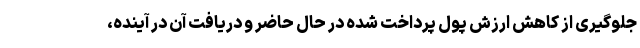
جلوگیری از کاهش ارزش پول پرداخت شده در حال حاضر و دریافت آن در آینده،